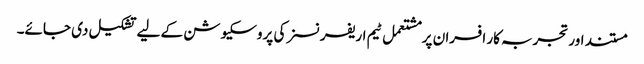
مستند اور تجربہ کار افسران پر مشتعمل ٹیم اریفرنسز کی پروسکیوشن کے لیے تشکیل دی جائے۔